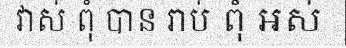
វាស់ ពុំ បាន រាប់ ពុំ អស់